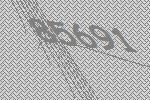
85691